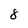
Character: 8